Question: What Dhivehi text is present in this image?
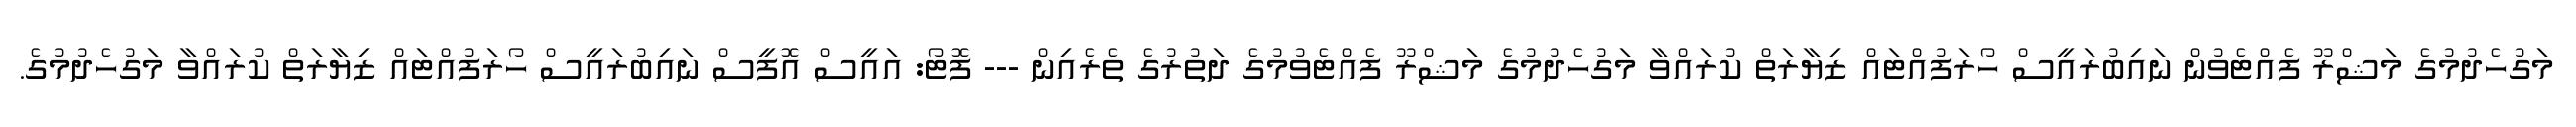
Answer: މަގުހެދުމުގެ މަޝްރޫ ފެއްޓެވުން ނައިބުރައީސް ހޯރަފުއްޓައް ޒިޔާރަތް ކުރައްވާ މަގުހެދުމުގެ މަޝްރޫ ފެއްޓެވުމުގެ ދަތުރުގެ ތެރެއިން --- ފޮޓޯ: އައީސް އޮފީސް ނައިބުރައީސް ހޯރަފުއްޓައް ޒިޔާރަތް ކުރައްވާ މަގުހެދުމުގެ.